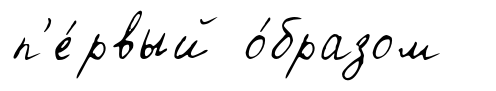
п'е́рвый о́бразом